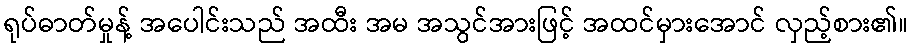
ရုပ်ဓာတ်မှုန့် အပေါင်းသည် အထီး အမ အသွင်အားဖြင့် အထင်မှားအောင် လှည့်စား၏။